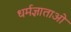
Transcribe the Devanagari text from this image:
धर्मज्ञाताओं